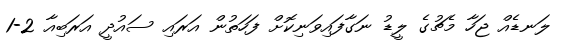
ލަނޑެއް ޖަހާ މެޗުގެ ލީޑު ނަގާފައިވަނިކޮށް ފަހަތުން އަރައި ސައުދީ އަރަބިއާ 2-1